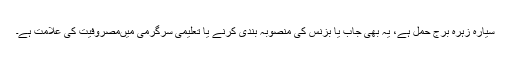
سیارہ زہرہ برج حمل ہے، یہ بھی جاب یا بزنس کی منصوبہ بندی کرنے یا تعلیمی سرگرمی میںمصروفیت کی علامت ہے۔